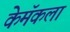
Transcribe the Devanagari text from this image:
केमॅकला